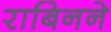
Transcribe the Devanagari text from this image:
राबिनने